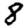
Digit: 8